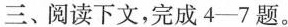
三、阅读下文，完成4-7题。我父亲脸色早已煞白，两眼呆直，哑着嗓子说：”啊！啊！原来如此……如此……我早就看出来了！……谢谢您，船长。”他回到我母亲身旁，是那么神色张皇。母亲赶紧对他说：”你先坐下吧！别叫他们看出来。”他坐在长凳上，结结巴巴地说：”是他，真是他！”然后他就问：”咱们怎么办呢?”母亲马上回答道：”应该把孩子们领开。若瑟夫既然已经知道，就让他去把他们找回来。最要留心的是别叫咱们女婿起疑心。”父亲神色很狼狈，低声嘟囔着：”出大乱子了！母亲突然暴怒起来，说：”我就知道这个贼是不会有出息的，早晚会回来重新拖累我们的。现在把钱交给若瑟夫，叫他去把牡蛎钱付清。已经够倒霉的了，要是被那个讨饭的认出来，这船上可就热闹了。咱们到那头去，注意别叫那人挨近我们！”她说完就站起来，给了我一个五法郎的银币，就走开了。我问那个卖牡蛎的人：”应该付您多少钱，先生?”他回答道：”两法郎五十生了。”我把五法郎的银币给了他，他找了钱。我看了看他的手，那是一只满是皱纹的水手的手。我又看了看他的脸，那是一张又老又穷苦的脸，满脸愁容，狼狈不堪。我心里默念道：”这是我的叔叔，父亲的弟弟，我的亲叔叔。”我给了他十个铜子的小费。他赶紧谢我：”上帝保佑您，我的年轻的先生！”等我把两法郎交给父亲，母亲诧异起来，就问：”吃了三个法郎?这是不可能的。”我说：”我给了他十个铜子的小费。”我母亲吓了一跳，直望着我说：”你简直是疯了！拿十个铜子给这个人，给这个流氓！”她没再往下说，因为父亲指着女婿对她使了个眼色。后来大家都不再说话。在我们面前，天边远处仿佛有一片紫色的阴影从海里钻出来。那就是哲尔赛岛了。我们回来的时候改乘圣玛洛船，以免再遇见他。④请根据示例，从文段中再依次摘抄母亲对于勒的另外两个不同称谓，并说说这些称谓表现了母亲当时怎样的心理。示例：这个贼______5选文中画线的句子表现了”我”当时怎样的情感?____________6小说中常用环境描写来渲染气氛，烘托人物心情。请从选文中找出一处，并简要分析其作用。___有人认为该小说旨在揭露资本主义社会人与人之间赤裸裸的金钱关系，也有人认为其主题在于反映资本主义社会下层人民生活的辛酸。请说出你的观点并阐述理由。___________________________________________________________________________________________________________